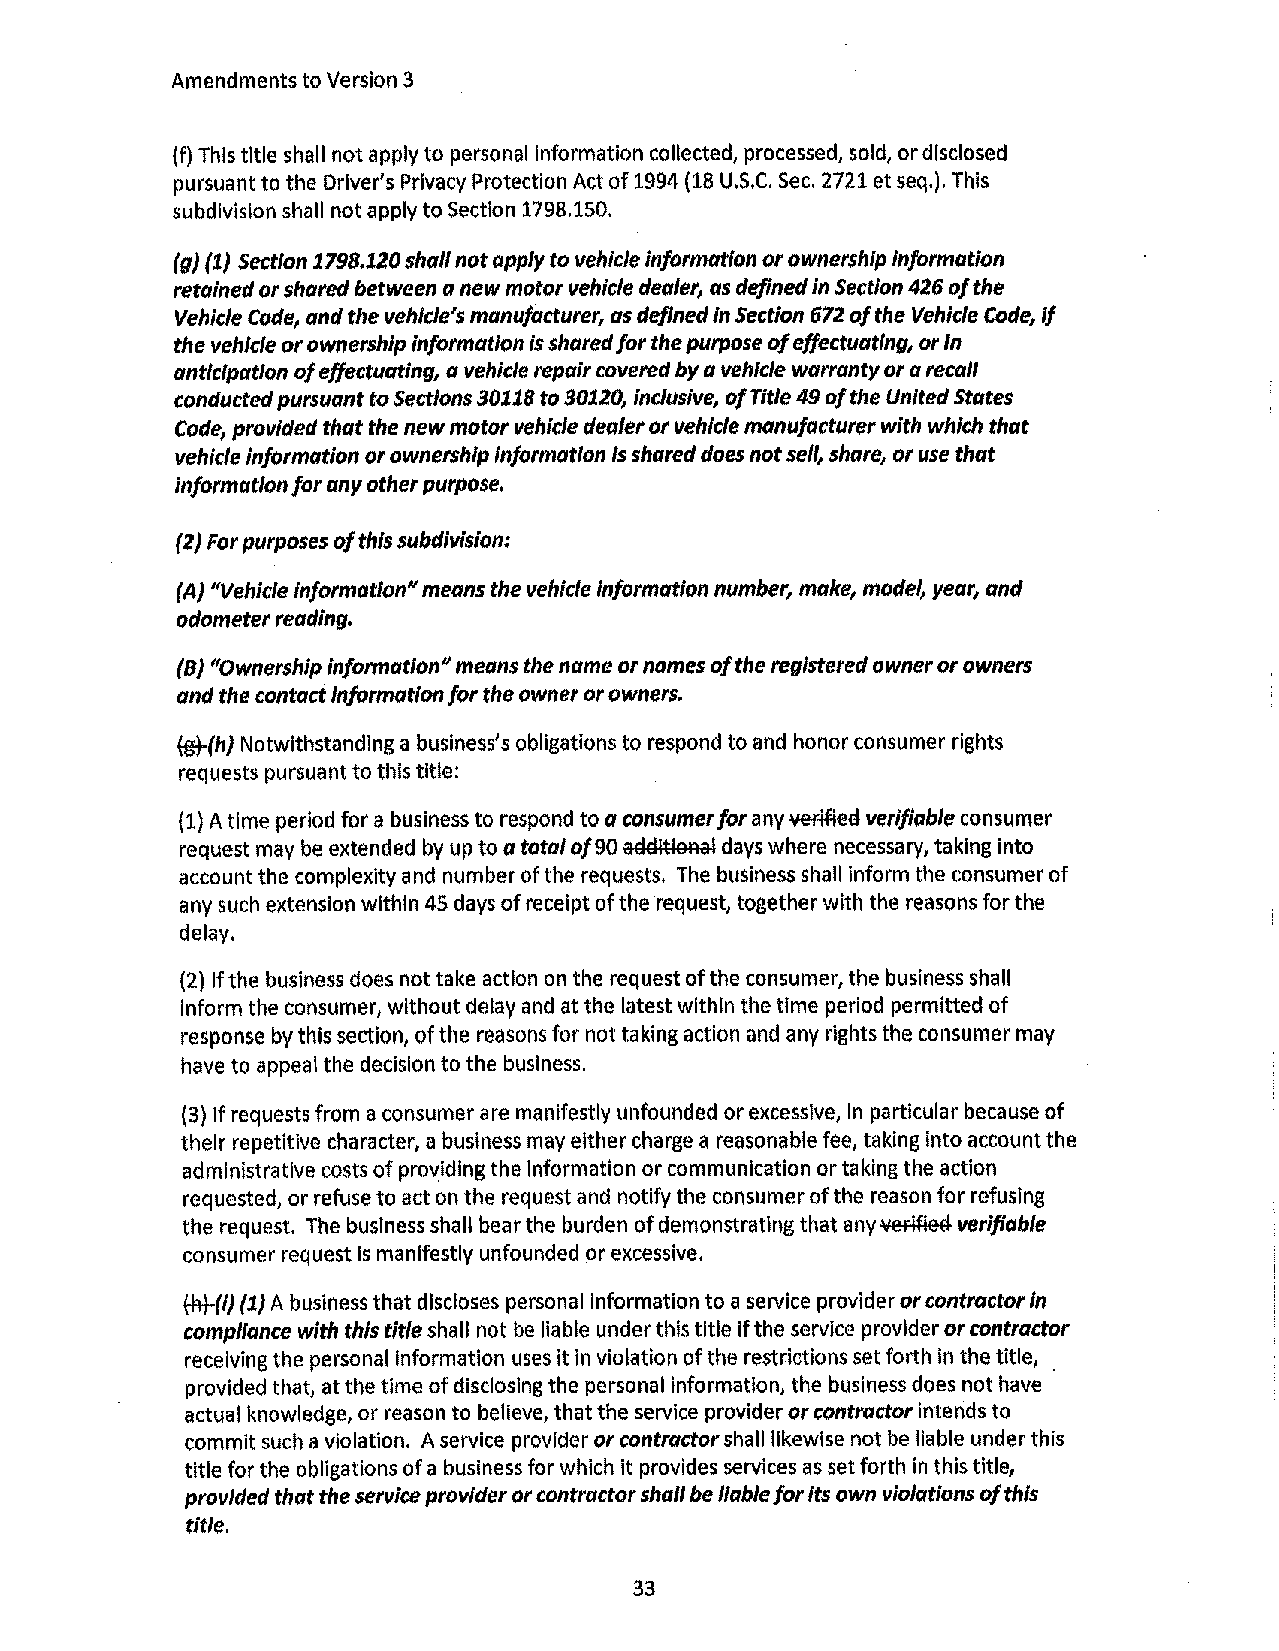
Amendments to Version 3
 (f) This title shall not apply to personal Information collected, processed, sold, or disclosed
 pursuant to the Driver's Privacy Protection Act of 1994 (18 U.S.C. Sec. 2721 et seq.), This
 subdivision shall not apply to Section 1798.150.
 (g) (1) Section 1798.120 shall not apply to vehicle information or ownership Information
 retained or shared between a new motor vehicle dealer, as defined in Section 426 of the
 Vehicle Code, and the vehicle's manufacturer, as defined In Section 672 of the Vehicle Code, if
 the vehicle or ownership information is shared for the purpose of effectuating, or In
 anticipation of effectuating, a vehicle repair covered by a vehicle warranty or a recall
 conducted pursuant to Sections 301.18 to 30120, inclusive, of Title 49 of the United States
 Code, provided that the new motor vehicle dealer or vehicle manufacturer with which that
 vehicle information or ownership Information Is shared does not sell, share, or use that
 information for any other purpose.
 (2) For purposes of this subdivision:
 (A) "Vehicle Information" means the vehicle Information number, make, model, year, and
 odometer reading.
 (BJ "Ownership Information" means the name or names of the registered owner or owners
 and the contact information for the owner or owners.
 i:gt(h) Notwithstanding a business's obligations to respond to and honor consumer rights
 requests pursuant to this title:
 (1) A time period for a business to respond to a consumer for any llefifiea verifiable consumer
 request may be extended by up to a total of90 aaaltlaAal days where necessary, taking into
 account the complexity and number of the requests. The business shall inform the consumer of
 any such extension within 45 days of receipt of the request, together with the reasons for the
 delay,
 (2) If the business does not take action on the request of the consumer, the business shall
 Inform the consumer, without delay and at the latest within the time period permitted of
 response by this section, of the reasons for not taking action and any rights the consumer may
 have to appeal the decision to the business.
 (3) If requests from a consumer are manifestly unfounded or excessive, in particular because of
 their repetitive character, a business may either charge a reasonable fee, taking into account the
 administrative costs of providing the information or communication or taking the action
 requested, or refuse to act on the request and notify the consumer of the reason for refusing
 the request. The business shall bear the burden of demonstrating that any verified verifiable
 consumer request Is manifestly unfounded or excessive.
 fAt-(1) {1} A business that discloses personal information to a service provider or contractor In
 compliance with this title shall not be liable under this title if the service provider or contractor
 receiving the personal information uses it In violation of the restrictions set forth in the title,
 provided that, at the time of disclosing the personal information, the business does not have
 actual knowledge, or reason to believe, that the service provider or contractor intends to
 commit such a violation. A service provider or contractor shall likewise not be liable under this
 title for the obligations of a business for which it provides services as set forth in this title,
 provided that the service provider or contractor shall be liable for Its own violations of this
 title,
 33